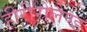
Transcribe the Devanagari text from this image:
हीरीरोलैण्ड